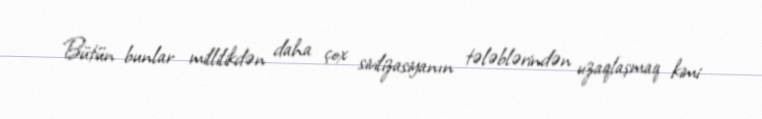
Bütün bunlar millilikdən daha çox sivilizasiyanın tələblərindən uzaqlaşmaq kimi